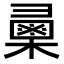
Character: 𢑯